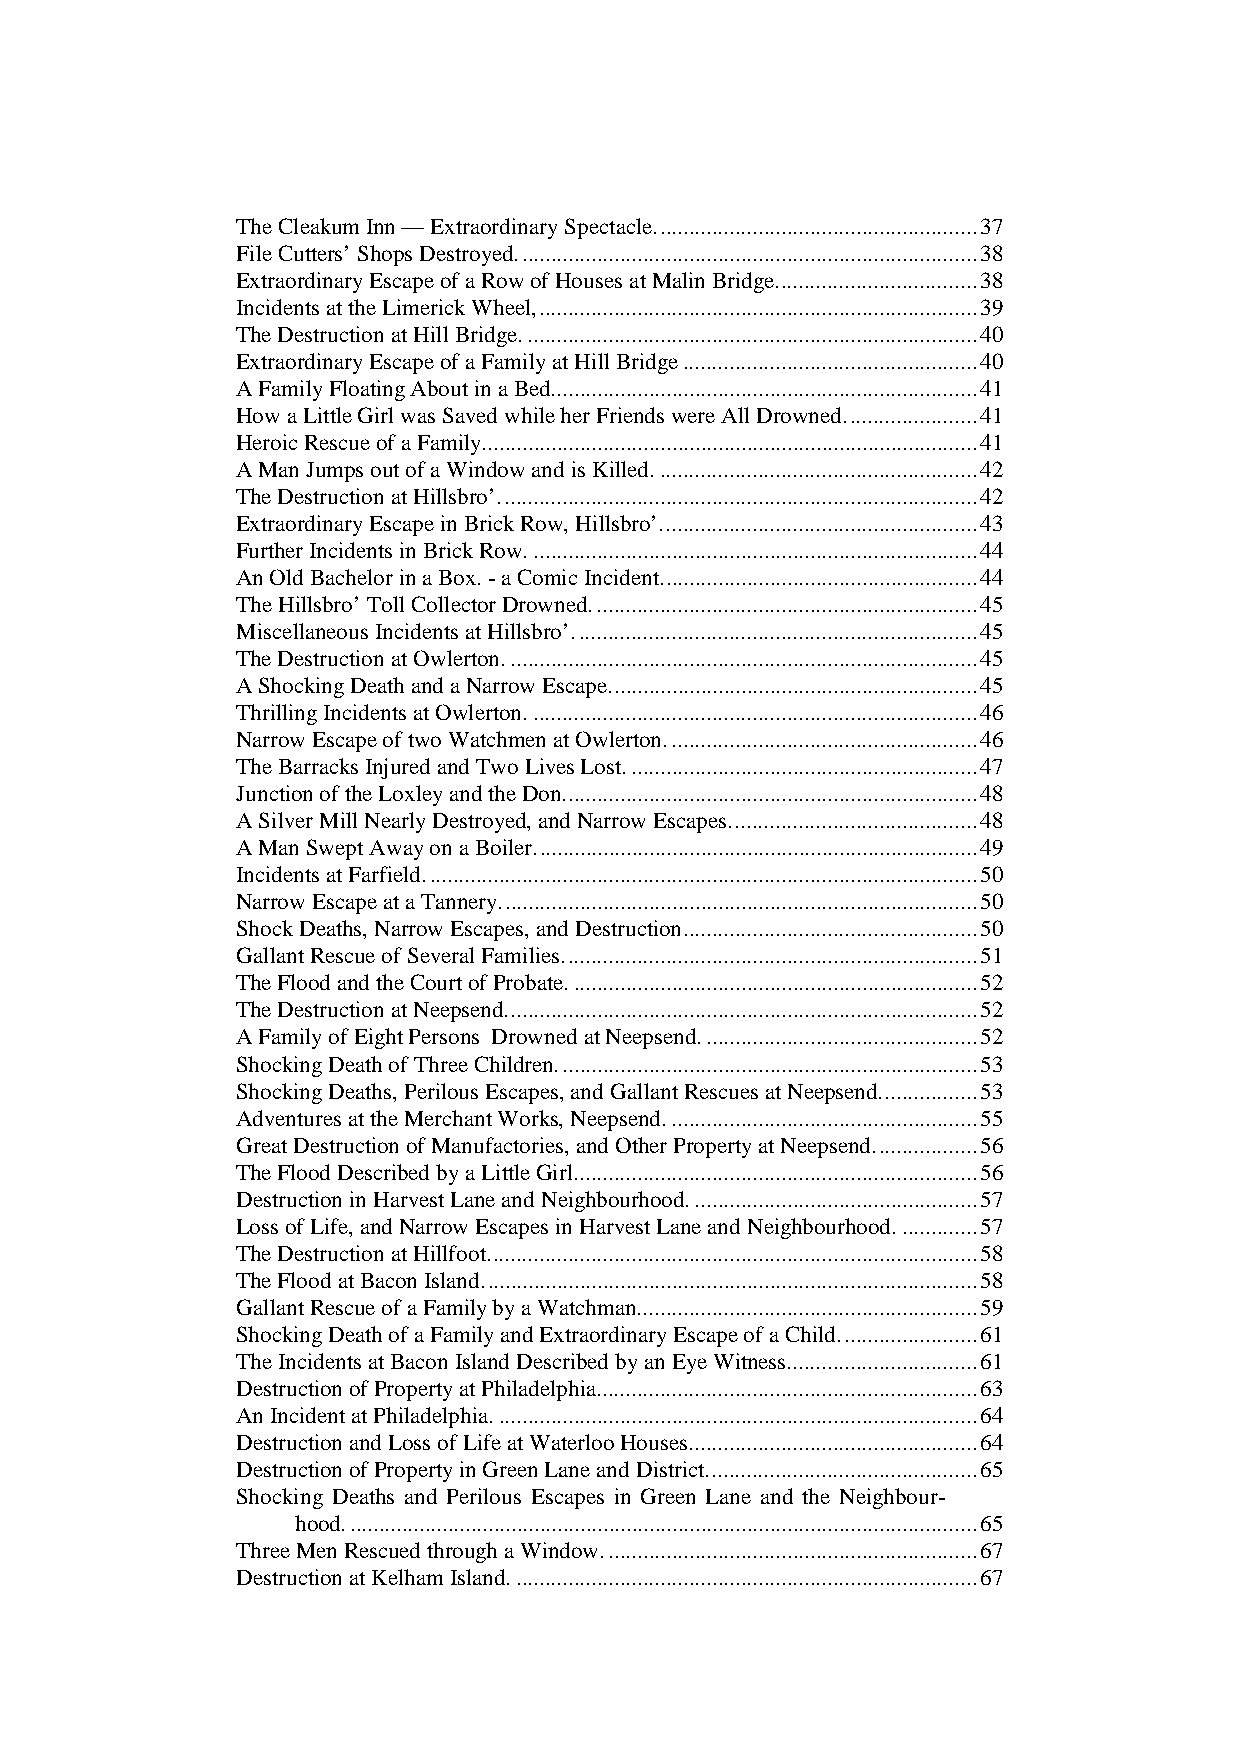
The Cleakum Inn — Extraordinary Spectacle........................................................37
 File Cutters’ Shops Destroyed................................................................................38
 Extraordinary Escape of a Row of Houses at Malin Bridge...................................38
 Incidents at the Limerick Wheel,............................................................................39
 The Destruction at Hill Bridge...............................................................................40
 Extraordinary Escape of a Family at Hill Bridge...................................................40
 A Family Floating About in a Bed..........................................................................41
 How a Little Girl was Saved while her Friends were All Drowned.......................41
 Heroic Rescue of a Family......................................................................................41
 A Man Jumps out of a Window and is Killed........................................................42
 The Destruction at Hillsbro’...................................................................................42
 Extraordinary Escape in Brick Row, Hillsbro’.......................................................43
 Further Incidents in Brick Row..............................................................................44
 An Old Bachelor in a Box. - a Comic Incident.......................................................44
 The Hillsbro’ Toll Collector Drowned...................................................................45
 Miscellaneous Incidents at Hillsbro’......................................................................45
 The Destruction at Owlerton..................................................................................45
 A Shocking Death and a Narrow Escape................................................................45
 Thrilling Incidents at Owlerton..............................................................................46
 Narrow Escape of two Watchmen at Owlerton......................................................46
 The Barracks Injured and Two Lives Lost.............................................................47
 Junction of the Loxley and the Don........................................................................48
 A Silver Mill Nearly Destroyed, and Narrow Escapes...........................................48
 A Man Swept Away on a Boiler.............................................................................49
 Incidents at Farfield................................................................................................50
 Narrow Escape at a Tannery...................................................................................50
 Shock Deaths, Narrow Escapes, and Destruction...................................................50
 Gallant Rescue of Several Families........................................................................51
 The Flood and the Court of Probate.......................................................................52
 The Destruction at Neepsend..................................................................................52
 A Family of Eight Persons Drowned at Neepsend................................................52
 Shocking Death of Three Children.........................................................................53
 Shocking Deaths, Perilous Escapes, and Gallant Rescues at Neepsend.................53
 Adventures at the Merchant Works, Neepsend......................................................55
 Great Destruction of Manufactories, and Other Property at Neepsend..................56
 The Flood Described by a Little Girl......................................................................56
 Destruction in Harvest Lane and Neighbourhood..................................................57
 Loss of Life, and Narrow Escapes in Harvest Lane and Neighbourhood..............57
 The Destruction at Hillfoot.....................................................................................58
 The Flood at Bacon Island......................................................................................58
 Gallant Rescue of a Family by a Watchman...........................................................59
 Shocking Death of a Family and Extraordinary Escape of a Child........................61
 The Incidents at Bacon Island Described by an Eye Witness.................................61
 Destruction of Property at Philadelphia..................................................................63
 An Incident at Philadelphia....................................................................................64
 Destruction and Loss of Life at Waterloo Houses..................................................64
 Destruction of Property in Green Lane and District...............................................65
 Shocking Deaths and Perilous Escapes in Green Lane and the Neighbour-
 hood..............................................................................................................65
 Three Men Rescued through a Window.................................................................67
 Destruction at Kelham Island.................................................................................67